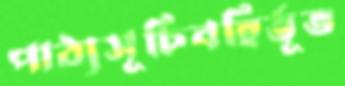
পাঠ্যসূচিবহির্ভূত